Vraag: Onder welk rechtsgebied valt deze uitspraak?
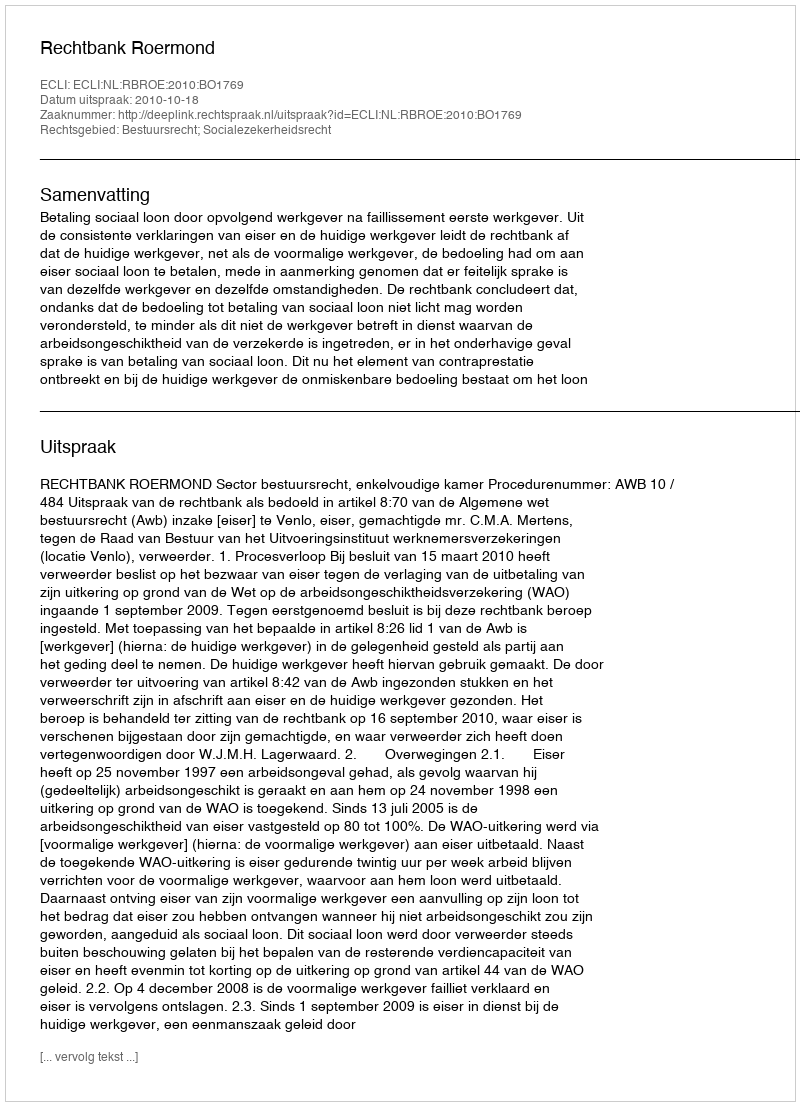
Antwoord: Bestuursrecht; Socialezekerheidsrecht